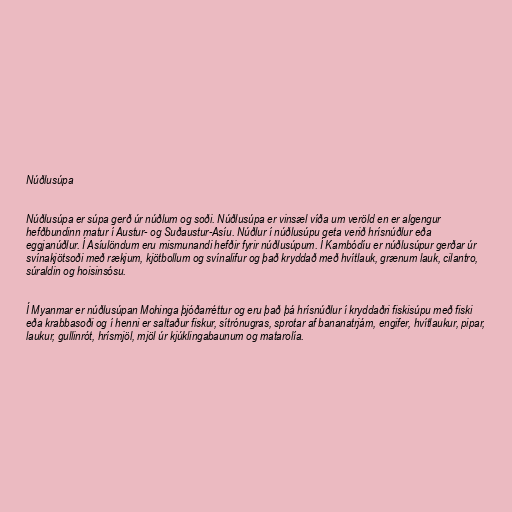
Núðlusúpa

Núðlusúpa er súpa gerð úr núðlum og soði. Núðlusúpa er vinsæl víða um veröld en er algengur
hefðbundinn matur í Austur- og Suðaustur-Asíu. Núðlur í núðlusúpu geta verið hrísnúðlur eða
eggjanúðlur. Í Asíulöndum eru mismunandi hefðir fyrir núðlusúpum. Í Kambódíu er núðlusúpur gerðar úr
svínakjötsoði með rækjum, kjötbollum og svínalifur og það kryddað með hvítlauk, grænum lauk, cilantro,
súraldin og hoisinsósu.

Í Myanmar er núðlusúpan Mohinga þjóðarréttur og eru það þá hrísnúðlur í kryddaðri fiskisúpu með fiski
eða krabbasoði og í henni er saltaður fiskur, sítrónugras, sprotar af bananatrjám, engifer, hvítlaukur, pipar,
laukur, gullinrót, hrísmjöl, mjöl úr kjúklingabaunum og matarolía.